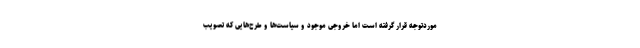
موردتوجه قرار گرفته است اما خروجی موجود و سیاست‌ها و طرح‌هایی که تصویب